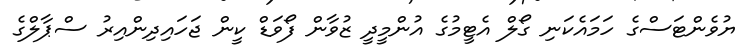
ޔުވެންޓަސްގެ ހަމައެކަނި ގޯލް އެޓީމުގެ އުންމީދީ ޒުވާން ފޯވަޑް ކީން ޖަހައިދިންއިރު ސްޕާލްގެ